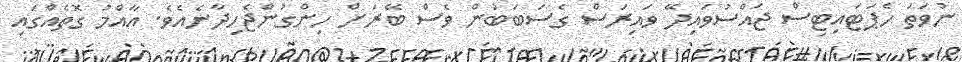
ނުވަތަ ހެޕަޓައިޓިސް ޖައްސުވައިދޭ ވައިރަސް ގެސަބަބުން ވެސް ބޭރަށް ހިންގުންޖެހިދާނެއެވެ. އާއްމު ގޮތެއްގައި